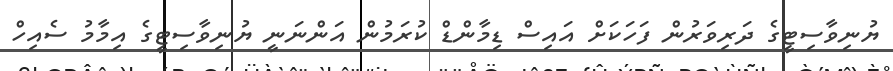
ޔުނިވާސިޓީގެ ދަރިވަރުން ފަހަކަށް އައިސް ޑިމާންޑް ކުރަމުން އަންނަނީ ޔުނިވާސިޓީގެ އިމާމު ސެއިހް